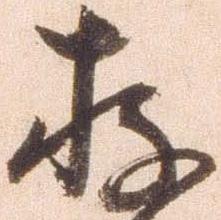
存